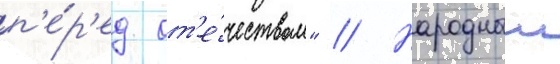
п'е́р'ед от'е́чеством" // Народныи